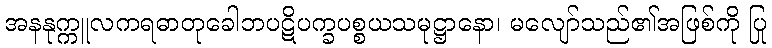
အနနုက္ကူလကရဓာတုခေါဘပဋိပက္ခပစ္စယသမုဋ္ဌာနော၊ မလျော်သည်၏အဖြစ်ကို ပြု